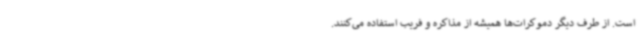
است. از طرف دیگر دموکرات‌ها همیشه از مذاکره و فریب استفاده می‌کنند.